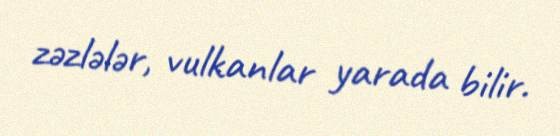
zəzlələr, vulkanlar yarada bilir.